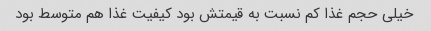
خیلی حجم غذا کم نسبت به قیمتش بود کیفیت غذا هم متوسط بود